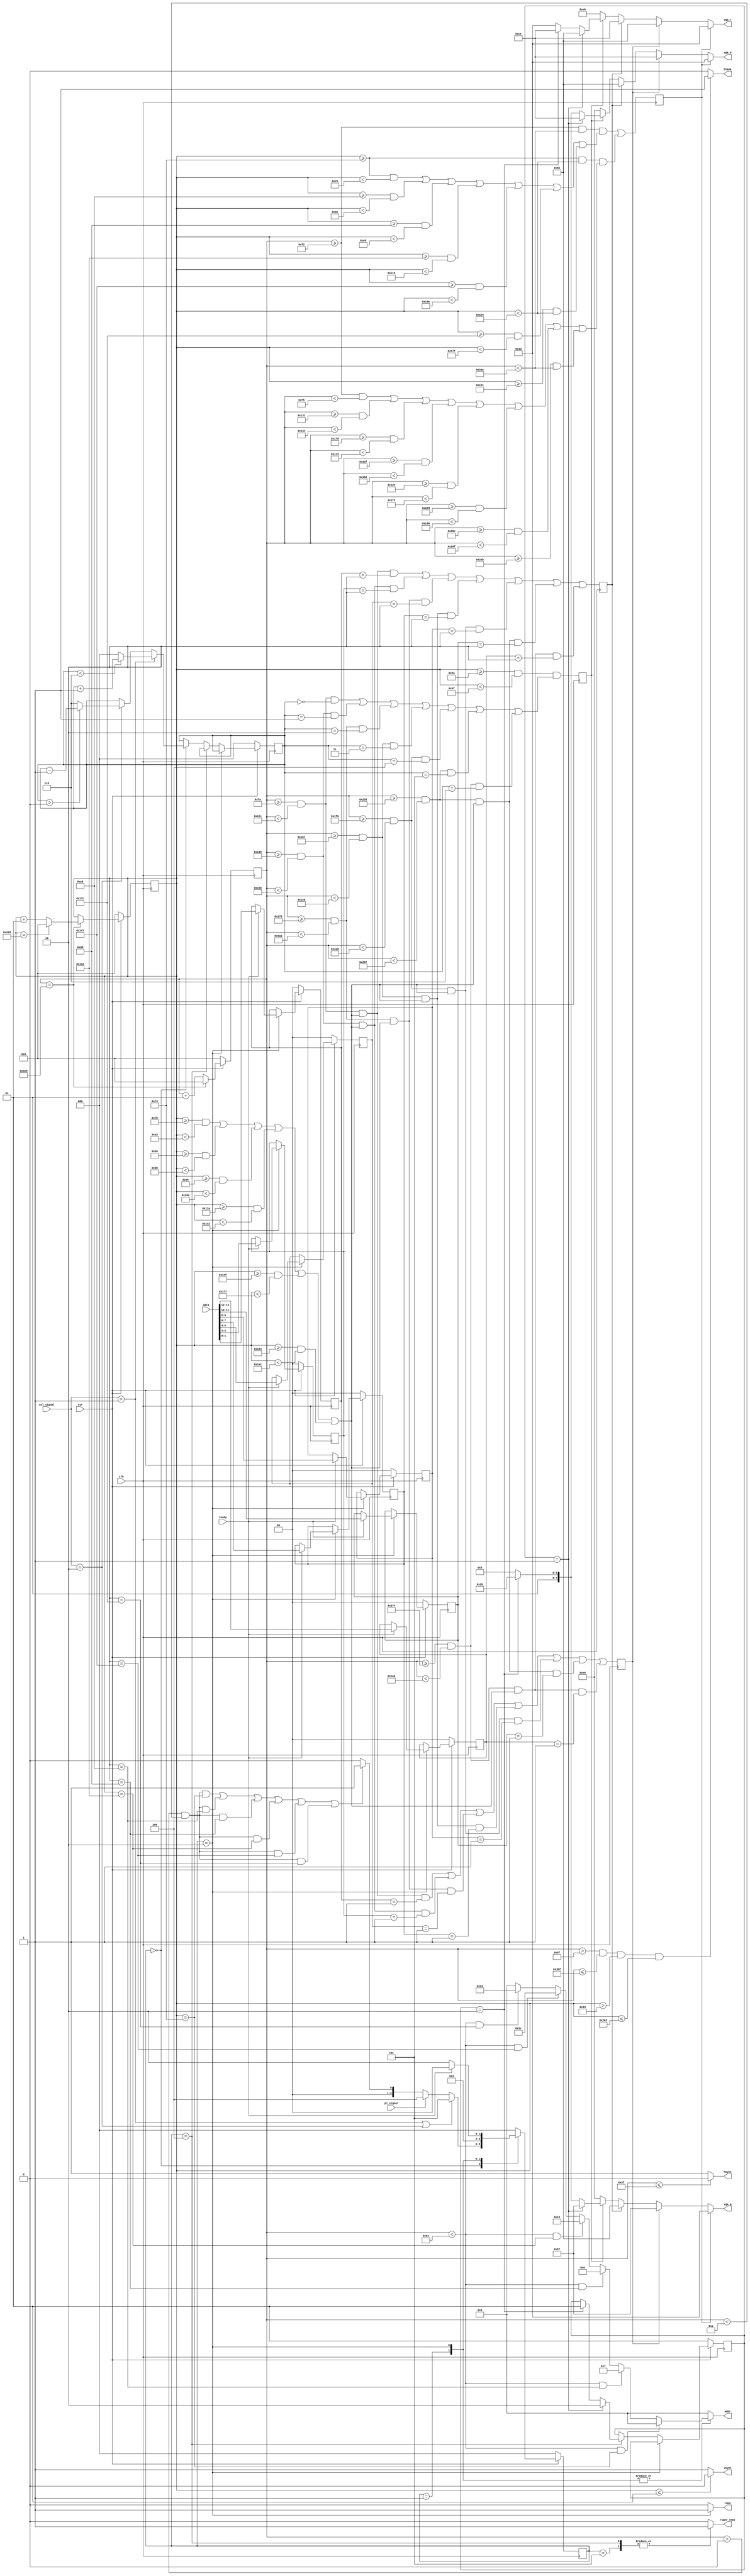
module vga(         data,       // data recebida do controlador de memoria (vector de 7 posies)
					ready,      // ready para confirmar a chegada de dados
					addr,       // endereo para o controlador de memoria (vector de 6 posies)
					rden,       // read enable
					rst,        // reset
					pl_signal,  // jogador
					col_signal, // coluna atual
					vga_r,      // vga red
					vga_g,      // vga green
					vga_b,      // vga blue
					hsync,      // horizontal sync
					vsync,      // vertical sync
					blank,      // blank
					roger_that, // Roger that, sir!
					clk         // clock 25Mhz
			); 
 
input               clk, rst, ready;
input               pl_signal;
input [1:0]         col_signal;
input [13:0]        data;
 
output              hsync, vsync, blank;
output reg          rden, roger_that;
output reg [5:0]    addr;
output reg [7:0]    vga_r, vga_g, vga_b;
 
//////////////////////////////////////////////////////// modificado
 
reg                 grade, player1, player2, column;
reg [2:0]           actual_column;
reg [1:0]           actual_player;
reg [1:0]           vector[6:0];
integer             h_count;
integer             v_count;
 
////////////////////////////////////////////////////////
 
reg [2:0]           state, next_state;
parameter           idle = 0,
					calc_addr = 1,
					waiting = 2,
					copy_data = 3,
					change_p = 4,
					change_col = 5;
 
////////////////////////////////////////////////////////
 
assign hsync = (h_count <= 95) ? 1'b0 : 1'b1;
assign vsync = (v_count <= 1) ? 1'b0 : 1'b1;
assign blank = (h_count > 143 & h_count <= 783 & v_count > 35 & v_count <= 515) ? 1'b1 : 1'b0;
 
////////////////////////////////////////////////////////
 
always @(posedge clk)
begin
	// estava if(rst)
	if(!rst)
	begin
		h_count <= 0;
		v_count <= 0;
		//player1 <= 0;
		//player2 <= 0;
		//column <= 0;
	end
	else
	begin
		h_count <= h_count + 1;
		if(h_count == 800)
		begin
			h_count <= 0;
			v_count <= v_count + 1;
 
			if(v_count == 525)
			begin
				v_count <= 0;
			end
		end
	end
	grade <=     (((h_count >= 242 && h_count < 686) &&          // grades horizontais (7)
				 ((v_count >= 115 && v_count < 118) ||
				 (v_count >= 168 && v_count < 171) ||
				 (v_count >= 221 && v_count < 224) ||
				 (v_count >= 274 && v_count < 277) ||
				 (v_count >= 327 && v_count < 330) ||
				 (v_count >= 380 && v_count < 383) ||
				 (v_count >= 433 && v_count < 436)))
				 ||
				 ((v_count >= 115 && v_count < 436) &&      // grades verticais (8)
				 ((h_count >= 242 && h_count < 245) ||
				 (h_count >= 305 && h_count < 308) ||
				 (h_count >= 368 && h_count < 371) ||
				 (h_count >= 431 && h_count < 434) ||
				 (h_count >= 494 && h_count < 497) ||
				 (h_count >= 557 && h_count < 560) ||
				 (h_count >= 620 && h_count < 623) ||
				 (h_count >= 683 && h_count < 686)))
				 );
 
	player1 <= ((((h_count >= 250 && h_count < 300) &&
				((v_count >= 123 && v_count < 163) ||
				(v_count >= 176 && v_count < 216) ||
				(v_count >= 229 && v_count < 269) ||
				(v_count >= 282 && v_count < 322) ||
				(v_count >= 335 && v_count < 375) ||
				(v_count >= 388 && v_count < 428))) && vector[0] == 1) ||
				(((h_count >= 313 && h_count < 363) &&
				((v_count >= 123 && v_count < 163) ||
				(v_count >= 176 && v_count < 216) ||
				(v_count >= 229 && v_count < 269) ||
				(v_count >= 282 && v_count < 322) ||
				(v_count >= 335 && v_count < 375) ||
				(v_count >= 388 && v_count < 428))) && vector[1] == 1) ||
				(((h_count >= 376 && h_count < 426) &&
				((v_count >= 123 && v_count < 163) ||
				(v_count >= 176 && v_count < 216) ||
				(v_count >= 229 && v_count < 269) ||
				(v_count >= 282 && v_count < 322) ||
				(v_count >= 335 && v_count < 375) ||
				(v_count >= 388 && v_count < 428))) && vector[2] == 1) ||
				(((h_count >= 439 && h_count < 489) &&
				((v_count >= 123 && v_count < 163) ||
				(v_count >= 176 && v_count < 216) ||
				(v_count >= 229 && v_count < 269) ||
				(v_count >= 282 && v_count < 322) ||
				(v_count >= 335 && v_count < 375) ||
				(v_count >= 388 && v_count < 428))) && vector[3] == 1) ||
				(((h_count >= 502 && h_count < 552) &&
				((v_count >= 123 && v_count < 163) ||
				(v_count >= 176 && v_count < 216) ||
				(v_count >= 229 && v_count < 269) ||
				(v_count >= 282 && v_count < 322) ||
				(v_count >= 335 && v_count < 375) ||
				(v_count >= 388 && v_count < 428))) && vector[4] == 1) ||
				(((h_count >= 565 && h_count < 615) &&
				((v_count >= 123 && v_count < 163) ||
				(v_count >= 176 && v_count < 216) ||
				(v_count >= 229 && v_count < 269) ||
				(v_count >= 282 && v_count < 322) ||
				(v_count >= 335 && v_count < 375) ||
				(v_count >= 388 && v_count < 428))) && vector[5] == 1) ||
				(((h_count >= 628 && h_count < 678) &&
				((v_count >= 123 && v_count < 163) ||
				(v_count >= 176 && v_count < 216) ||
				(v_count >= 229 && v_count < 269) ||
				(v_count >= 282 && v_count < 322) ||
				(v_count >= 335 && v_count < 375) ||
				(v_count >= 388 && v_count < 428))) && vector[6] == 1));
 
	player2 <= ((((h_count >= 250 && h_count < 300) &&
				((v_count >= 123 && v_count < 163) ||
				(v_count >= 176 && v_count < 216) ||
				(v_count >= 229 && v_count < 269) ||
				(v_count >= 282 && v_count < 322) ||
				(v_count >= 335 && v_count < 375) ||
				(v_count >= 388 && v_count < 428))) && vector[0] == 2) ||
				(((h_count >= 313 && h_count < 363) &&
				((v_count >= 123 && v_count < 163) ||
				(v_count >= 176 && v_count < 216) ||
				(v_count >= 229 && v_count < 269) ||
				(v_count >= 282 && v_count < 322) ||
				(v_count >= 335 && v_count < 375) ||
				(v_count >= 388 && v_count < 428))) && vector[1] == 2) ||
				(((h_count >= 376 && h_count < 426) &&
				((v_count >= 123 && v_count < 163) ||
				(v_count >= 176 && v_count < 216) ||
				(v_count >= 229 && v_count < 269) ||
				(v_count >= 282 && v_count < 322) ||
				(v_count >= 335 && v_count < 375) ||
				(v_count >= 388 && v_count < 428))) && vector[2] == 2) ||
				(((h_count >= 439 && h_count < 489) &&
				((v_count >= 123 && v_count < 163) ||
				(v_count >= 176 && v_count < 216) ||
				(v_count >= 229 && v_count < 269) ||
				(v_count >= 282 && v_count < 322) ||
				(v_count >= 335 && v_count < 375) ||
				(v_count >= 388 && v_count < 428))) && vector[3] == 2) ||
				(((h_count >= 502 && h_count < 552) &&
				((v_count >= 123 && v_count < 163) ||
				(v_count >= 176 && v_count < 216) ||
				(v_count >= 229 && v_count < 269) ||
				(v_count >= 282 && v_count < 322) ||
				(v_count >= 335 && v_count < 375) ||
				(v_count >= 388 && v_count < 428))) && vector[4] == 2) ||
				(((h_count >= 565 && h_count < 615) &&
				((v_count >= 123 && v_count < 163) ||
				(v_count >= 176 && v_count < 216) ||
				(v_count >= 229 && v_count < 269) ||
				(v_count >= 282 && v_count < 322) ||
				(v_count >= 335 && v_count < 375) ||
				(v_count >= 388 && v_count < 428))) && vector[5] == 2) ||
				(((h_count >= 628 && h_count < 678) &&
				((v_count >= 123 && v_count < 163) ||
				(v_count >= 176 && v_count < 216) ||
				(v_count >= 229 && v_count < 269) ||
				(v_count >= 282 && v_count < 322) ||
				(v_count >= 335 && v_count < 375) ||
				(v_count >= 388 && v_count < 428))) && vector[6] == 2));
 
	column <= ((v_count >= 106 && v_count < 111) && (
			((h_count >= 250 && h_count < 300) && actual_column == 0) ||
			((h_count >= 313 && h_count < 363) && actual_column == 1) ||
			((h_count >= 376 && h_count < 426) && actual_column == 2) ||
			((h_count >= 439 && h_count < 489) && actual_column == 3) ||
			((h_count >= 502 && h_count < 552) && actual_column == 4) ||
			((h_count >= 565 && h_count < 615) && actual_column == 5) ||
			((h_count >= 628 && h_count < 678) && actual_column == 6)
			));
end
 
////////////////////////////////////////////////////////
 
// grade: #4d4d4d; player1: #6b87ce; player2: #ce6b6b; fundo: #ebe6e6;
always @(*)
begin
	if(grade == 1)          // se for grade #4d4d4d
	begin
		vga_r = 77;
		vga_g = 77;
		vga_b = 77;
 
	end
	else if(player1 == 1)   // se for player1
	begin
		vga_r = 107;
		vga_g = 135;
		vga_b = 206;
	end
	else if(player2 == 1)   // se for player2
	begin
		vga_r = 206;
		vga_g = 107;
		vga_b = 107;
 
	end
	else if(column == 1)
	begin
		// Caso tenha sistema de ficha diferente quando for coloca-la
		if(actual_player == 1) // player 2
		begin
			vga_r = 107;
			vga_g = 135;
			vga_b = 206;
		end
		else if(actual_player == 2)     // player 1
		begin
			vga_r = 206;
			vga_g = 107;
			vga_b = 107;
		end
		else
		begin
			vga_r = 77;
			vga_g = 77;
			vga_b = 77;
		end
	end
	else                    // se for fundo
	begin
		vga_r = 235;
		vga_g = 230;
		vga_b = 230;
	end
end
 
////////////////////////////////////////////////////////
 
// decodificador de proximo estado
always @(*)
begin
	next_state = state;
	case(state)
		idle:
		begin
			if(col_signal == 1 || col_signal == 2)
					next_state = change_col;
			else if(pl_signal == 1)
				 next_state = change_p;
			else if(((h_count > 0 && h_count < 10) && v_count == 115) ||
				 ((h_count > 0 && h_count < 10) && v_count == 168) ||
				 ((h_count > 0 && h_count < 10) && v_count == 221) ||
				 ((h_count > 0 && h_count < 10) && v_count == 274) ||
				 ((h_count > 0 && h_count < 10) && v_count == 327) ||
				 ((h_count > 0 && h_count < 10) && v_count == 380))
				 next_state = calc_addr; //calc_addr
			else
				 next_state = idle;
		end
		calc_addr: next_state = waiting;
		change_col: next_state = idle;
		change_p: next_state = idle;
		waiting:
		begin
			if(ready == 1)
				next_state = idle;
			else
				next_state = waiting;
		end
		//copy_data: next_state = idle;
		default: next_state = idle;
	endcase
end
 
////////////////////////////////////////////////////////
 
// memoria
always @(posedge clk)
begin
	if(!rst)
	begin
		state <= idle;
		actual_player <= 1;
		actual_column <= 0;
		vector[0] <= 0;
		vector[1] <= 0;
		vector[2] <= 0;
		vector[3] <= 0;
		vector[4] <= 0;
		vector[5] <= 0;
		vector[6] <= 0;
	end
	else
	begin
		state <= next_state;
		actual_column <= actual_column;
		actual_player <= actual_player;
		vector[0] <= vector[0];
		vector[1] <= vector[1];
		vector[2] <= vector[2];
		vector[3] <= vector[3];
		vector[4] <= vector[4];
		vector[5] <= vector[5];
		vector[6] <= vector[6];
		if(state == waiting)
		begin
			if(ready == 1)
			begin
			  vector[0] <= {data[1],    data[0]};
			  vector[1] <= {data[3],    data[2]};
			  vector[2] <= {data[5],    data[4]};
			  vector[3] <= {data[7],    data[6]};
			  vector[4] <= {data[9],    data[8]};
			  vector[5] <= {data[11],   data[10]};
			  vector[6] <= {data[13],   data[12]};
			end
		end
	  // no teste, mudar jogador esta acontecendo, pois as cores estao mudando
	   else if(state == change_p)  //mudar jogador
		begin
			if(actual_player == 1)
				actual_player <= 2;
			else if(actual_player == 2)
				actual_player <= 1;
		end
		else if(state == idle)
		begin
		  if (col_signal == 2'b01)// mudar cursor para direita
			begin
					if(actual_column < 6)
						actual_column <= actual_column + 1;
					else
						actual_column <= 0;
			end  
		  else if (col_signal == 2'b10)// mudar cursor para esquerda
			begin
					if(actual_column > 0)
						actual_column <= actual_column - 1;
					else
						actual_column <= 6;
			end  
		end
	end
end
 
////////////////////////////////////////////////////////
 
// decodificador de saida
always @(*)
begin
	rden = 0;
	addr = 0;
	roger_that = 0;
	case(state)
		//
		calc_addr:
		begin
			rden = 0;
			if(h_count < 100 && v_count == 115)
				addr = 0;
			else if(h_count < 100 && v_count == 168)
				addr = 7;
			else if(h_count < 100 && v_count == 221)
				addr = 14;
			else if(h_count < 100 && v_count == 274)
				addr = 21;
			else if(h_count < 100 && v_count == 327)
				addr = 28;
			else if(h_count < 100 && v_count == 380)
				addr = 35;
		end
		//
		waiting:
		begin
			rden = 1;
			if(h_count < 100 && v_count == 115)
				addr = 0;
			else if(h_count < 100 && v_count == 168)
				addr = 7;
			else if(h_count < 100 && v_count == 221)
				addr = 14;
			else if(h_count < 100 && v_count == 274)
				addr = 21;
			else if(h_count < 100 && v_count == 327)
				addr = 28;
			else if(h_count < 100 && v_count == 380)
				addr = 35;
		end
		//
		change_col: roger_that = 1;
		//
		change_p: roger_that = 1;
		//
		default:
		begin
			rden = 0;
			addr = 0;
		end
	endcase
end
endmodule